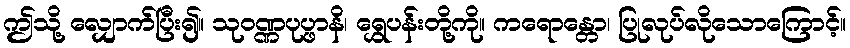
ဤသို့ လျှောက်ပြီး၍။ သုဝဏ္ဏပုပ္ဖာနိ၊ ရွှေပန်းတို့ကို။ ကရောန္တော၊ ပြုလုပ်လိုသောကြောင့်။